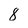
Character: 8